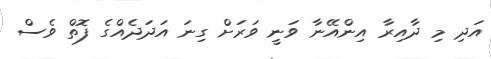
އަދި މި ދާއިރާ އިންއޭނާ ވަނީ ވަަރަށް ގިނަ އަދަދެއްގެ ފޮތް ވެސް